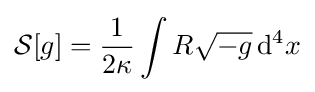
{\mathcal {S}}[g]={\frac {1}{2\kappa }}\int R{\sqrt {-g}}\,\mathrm {d} ^{4}x